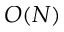
O ( N )